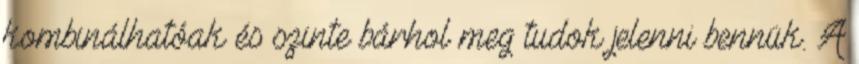
kombinálhatóak és szinte bárhol meg tudok jelenni bennük. A